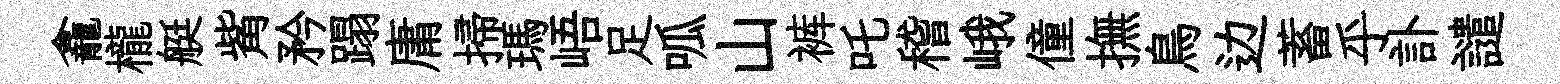
龕櫳艇觜矜蹋庸掃瑪峿足呱山裤吒稽峨僮撫鳥边蓄乎訃譴